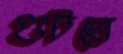
গুটতে